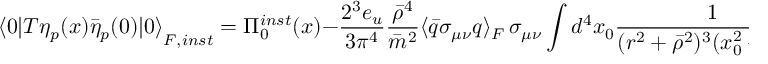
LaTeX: { \langle 0 | T \eta _ { p } ( x ) \bar { \eta } _ { p } ( 0 ) | 0 \rangle } _ { F , i n s t } = \Pi _ { 0 } ^ { i n s t } ( x ) - \frac { 2 ^ { 3 } e _ { u } } { 3 \pi ^ { 4 } } \frac { \bar { \rho } ^ { 4 } } { \bar { m } ^ { 2 } } \langle \bar { q } \sigma _ { \mu \nu } q \rangle _ { F } \, \sigma _ { \mu \nu } \int d ^ { 4 } x _ { 0 } \frac { 1 } { ( r ^ { 2 } + \bar { \rho } ^ { 2 } ) ^ { 3 } ( x _ { 0 } ^ { 2 } + \bar { \rho } ^ { 2 } ) ^ { 3 } }